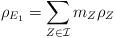
LaTeX: \begin{align*}\rho_{E_1} = \sum_{Z\in \mathcal I} m_Z\rho_{Z}\end{align*}